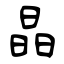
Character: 晶